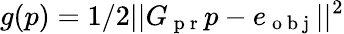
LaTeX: g(p)=1/2||G_{\mathrm{~p~r~}}p-e_{\mathrm{~o~b~j~}}||^{2}